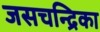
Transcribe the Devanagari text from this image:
जसचन्द्रिका